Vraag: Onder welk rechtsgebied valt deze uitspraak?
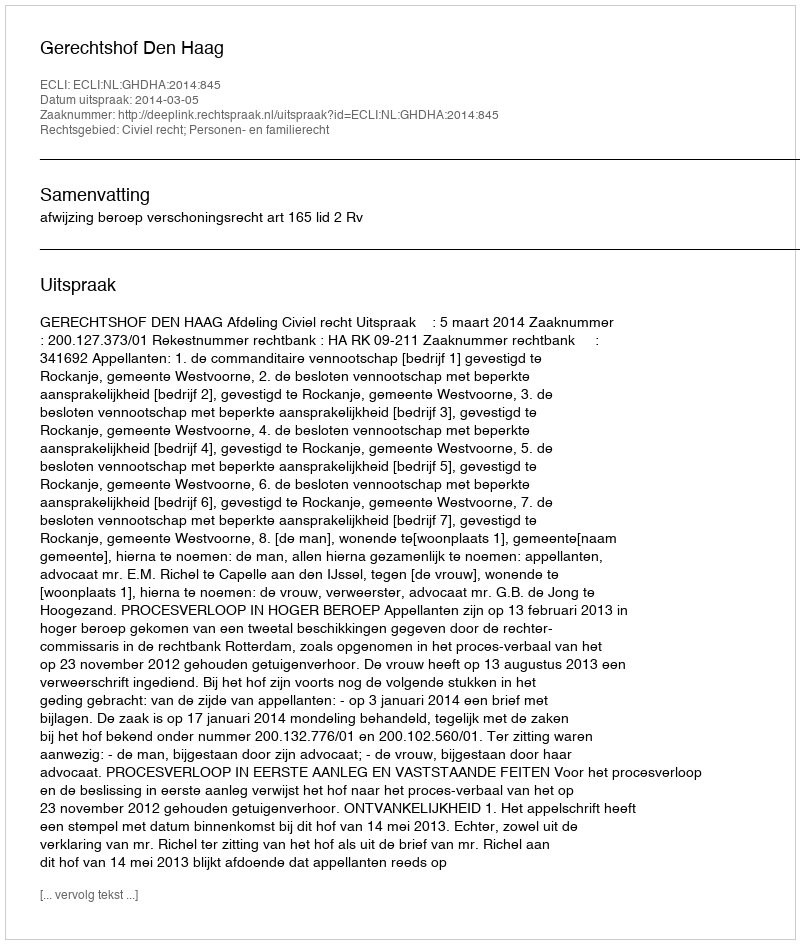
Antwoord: Civiel recht; Personen- en familierecht